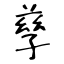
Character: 孳